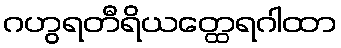
ဂဟွရတီရိယတ္ထေရဂါထာ